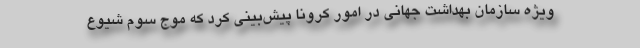
ویژه سازمان بهداشت جهانی در امور کرونا پیش‌بینی کرد که موج سوم شیوع